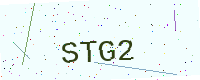
Text: STG2